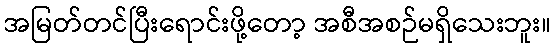
အမြတ်တင်ပြီးရောင်းဖို့တော့ အစီအစဉ်မရှိသေးဘူး။